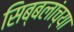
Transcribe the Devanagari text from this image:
सिब्बलांच्या